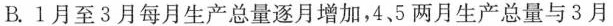
B.1月至3月每月生产总量逐月增加，4，5两月生产总量与3月